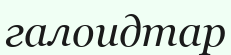
галоидтар